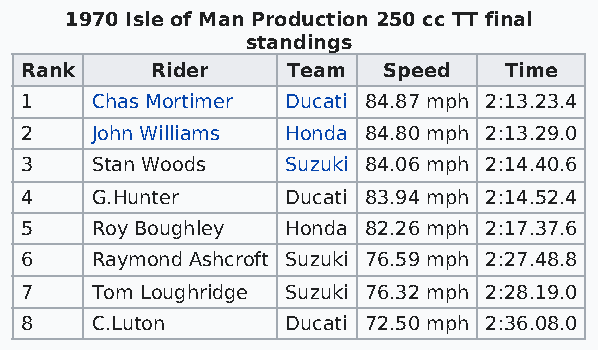
1970 Isle of Man Production 250 cc TT final
 standings
 Rank     Rider    Team  Speed   Time
 1    Chas Mortimer Ducati 84.87 mph 2:13.23.4
 2    John Williams Honda 84.80 mph 2:13.29.0
 3    Stan Woods   Suzuki 84.06 mph 2:14.40.6
 4    G.Hunter     Ducati 83.94 mph 2:14.52.4
 5    Roy Boughley Honda 82.26 mph 2:17.37.6
 6    Raymond Ashcroft Suzuki 76.59 mph 2:27.48.8
 7    Tom Loughridge Suzuki 76.32 mph 2:28.19.0
 8    C.Luton      Ducati 72.50 mph 2:36.08.0